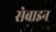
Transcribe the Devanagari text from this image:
सेबाइन